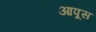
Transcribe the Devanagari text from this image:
आपूस